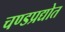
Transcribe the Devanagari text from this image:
चण्डप्रद्योत